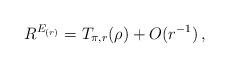
LaTeX: \begin{align*}R^{E_{(r)}}=T_{\pi,r}(\rho)+O(r^{-1})\,,\end{align*}